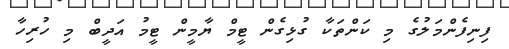
ފިނިފެންމަލުގެ މި ކަންތަކާ ގުޅިގެން ޓީމް ޔާމީން ޓީމު އަދީބް މި ހުރިހާ